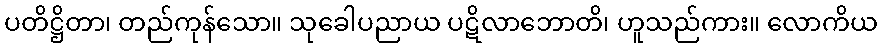
ပတိဋ္ဌိတာ၊ တည်ကုန်သော။ သုခေါပညာယ ပဋိလာဘောတိ၊ ဟူသည်ကား။ လောကိယ